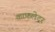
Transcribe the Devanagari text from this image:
काफ़लेदर